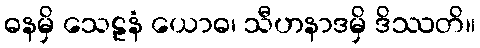
ဓနမှိ သေဠနံ ယောဓ၊ သီဟနာဒမှိ ဒိဿတိ။